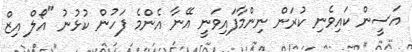
އަސީން ކައިވެނި ކުރަން ނިންމާފައިވަނީ އޭނާ އެންމެ ފަހުން ކުޅުނު "އޯލް އިޒް